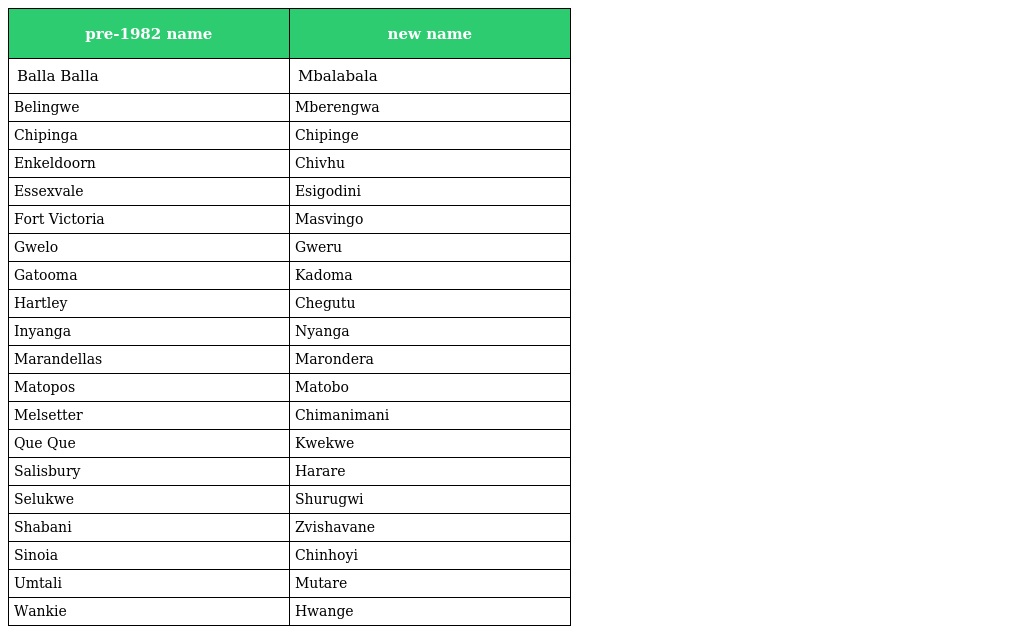
| pre-1982 name | new name |
 | --- | --- |
 | Balla Balla | Mbalabala |
 | Belingwe | Mberengwa |
 | Chipinga | Chipinge |
 | Enkeldoorn | Chivhu |
 | Essexvale | Esigodini |
 | Fort Victoria | Masvingo |
 | Gwelo | Gweru |
 | Gatooma | Kadoma |
 | Hartley | Chegutu |
 | Inyanga | Nyanga |
 | Marandellas | Marondera |
 | Matopos | Matobo |
 | Melsetter | Chimanimani |
 | Que Que | Kwekwe |
 | Salisbury | Harare |
 | Selukwe | Shurugwi |
 | Shabani | Zvishavane |
 | Sinoia | Chinhoyi |
 | Umtali | Mutare |
 | Wankie | Hwange |